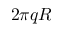
2 \pi q R